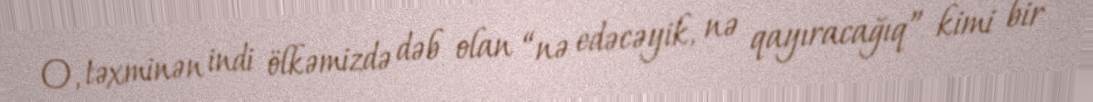
O, təxminən indi ölkəmizdə dəb olan “nə edəcəyik, nə qayıracağıq” kimi bir